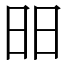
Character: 昍